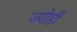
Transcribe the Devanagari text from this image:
ज्योहीं